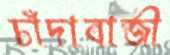
চাঁদাবাজী